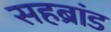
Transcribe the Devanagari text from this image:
सहब्रांड